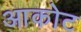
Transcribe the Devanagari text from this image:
आकोट